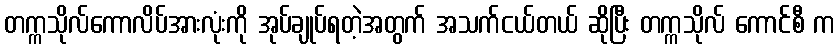
တက္ကသိုလ်ကောလိပ်အားလုံးကို အုပ်ချုပ်ရတဲ့အတွက် အသက်ငယ်တယ် ဆိုပြီး တက္ကသိုလ် ကောင်စီ က